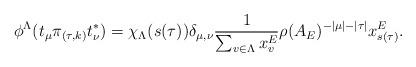
LaTeX: \begin{align*} \phi^\Lambda(t_\mu \pi_{(\tau, k)} t^*_\nu) = \chi_\Lambda(s(\tau)) \delta_{\mu,\nu} \frac{1}{\sum_{v \in \Lambda} x^E_v} \rho(A_E)^{-|\mu|-|\tau|} x^E_{s(\tau)}. \end{align*}